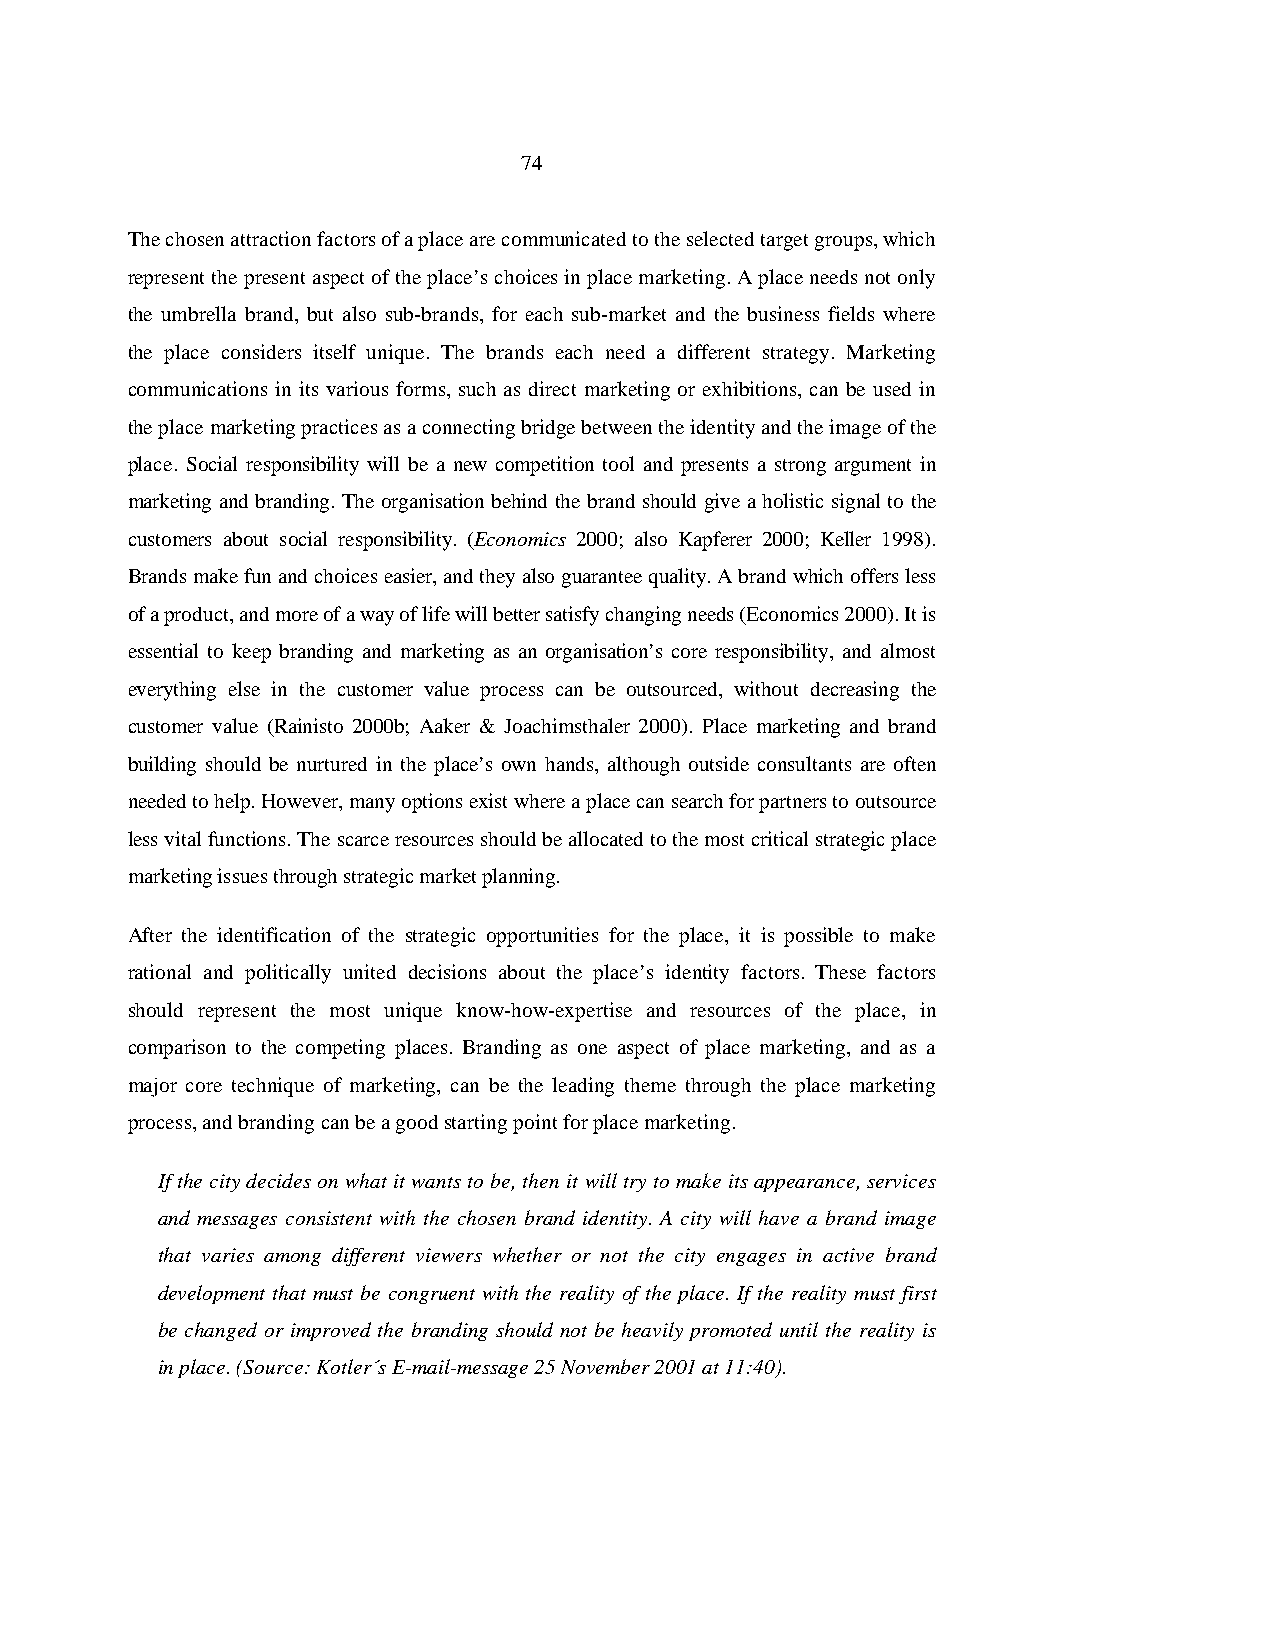
74
 The chosen attraction factors of a place are communicated to the selected target groups, which
 represent the present aspect of the place’s choices in place marketing. A place needs not only
 the umbrella brand, but also sub-brands, for each sub-market and the business fields where
 the place considers itself unique. The brands each need a different strategy. Marketing
 communications in its various forms, such as direct marketing or exhibitions, can be used in
 the place marketing practices as a connecting bridge between the identity and the image of the
 place. Social responsibility will be a new competition tool and presents a strong argument in
 marketing and branding. The organisation behind the brand should give a holistic signal to the
 customers about social responsibility. (Economics 2000; also Kapferer 2000; Keller 1998).
 Brands make fun and choices easier, and they also guarantee quality. A brand which offers less
 of a product, and more of a way of life will better satisfy changing needs (Economics 2000). It is
 essential to keep branding and marketing as an organisation’s core responsibility, and almost
 everything else in the customer value process can be outsourced, without decreasing the
 customer value (Rainisto 2000b; Aaker & Joachimsthaler 2000). Place marketing and brand
 building should be nurtured in the place’s own hands, although outside consultants are often
 needed to help. However, many options exist where a place can search for partners to outsource
 less vital functions. The scarce resources should be allocated to the most critical strategic place
 marketing issues through strategic market planning.
 After the identification of the strategic opportunities for the place, it is possible to make
 rational and politically united decisions about the place’s identity factors. These factors
 should represent the most unique know-how-expertise and resources of the place, in
 comparison to the competing places. Branding as one aspect of place marketing, and as a
 major core technique of marketing, can be the leading theme through the place marketing
 process, and branding can be a good starting point for place marketing.
 If the city decides on what it wants to be, then it will try to make its appearance, services
 and messages consistent with the chosen brand identity. A city will have a brand image
 that varies among different viewers whether or not the city engages in active brand
 development that must be congruent with the reality of the place. If the reality must first
 be changed or improved the branding should not be heavily promoted until the reality is
 in place. (Source: Kotler´s E-mail-message 25 November 2001 at 11:40).